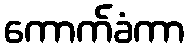
ကောက်ခံကာ